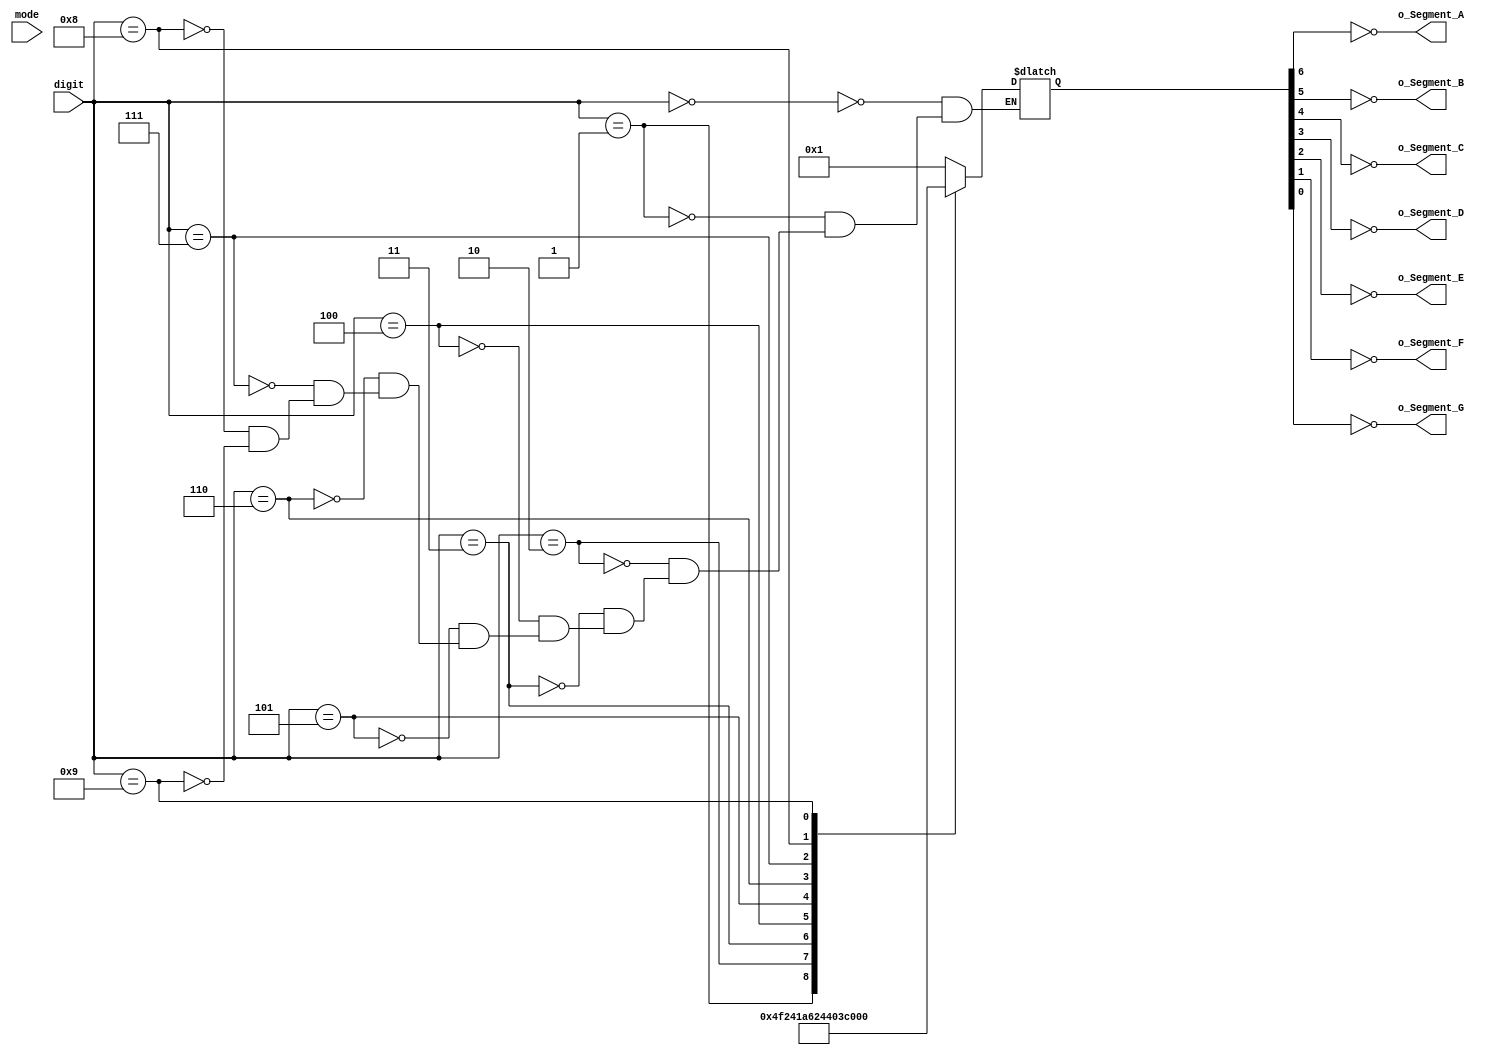
`timescale 1ns / 1ps
//////////////////////////////////////////////////////////////////////////////////
// Company: 
// Engineer: 
// 
// Design Name: 
// Module Name: BCD_to_cathodes_dec
// Project Name: 
// Target Devices: 
// Tool Versions: 
// Description: 
// 
// Dependencies: 
// 
// Revision:
// Revision 0.01 - File Created
// Additional Comments:
// 
//////////////////////////////////////////////////////////////////////////////////


module BCD_to_cathodes_dec(
input mode,
input [3:0] digit,
output  o_Segment_A,
output  o_Segment_B,
output  o_Segment_C,
output  o_Segment_D,
output  o_Segment_E,
output  o_Segment_F,
output  o_Segment_G
    );

reg [6:0]    r_Dec_Encoding = 7'b0000000;

always@ (digit)
begin
    case(digit)
        4'b0000 : r_Dec_Encoding <= 7'b0000001;//0
        4'b0001 : r_Dec_Encoding <= 7'b1001111;//1
        4'b0010 : r_Dec_Encoding <= 7'b0010010;//2
        4'b0011 : r_Dec_Encoding <= 7'b0000110;//3
        4'b0100 : r_Dec_Encoding <= 7'b1001100;   //4       
        4'b0101 : r_Dec_Encoding <= 7'b0100100;//5
        4'b0110 : r_Dec_Encoding <= 7'b0100000;//6
        4'b0111 : r_Dec_Encoding <= 7'b0001111;//7
        4'b1000 : r_Dec_Encoding <= 7'b0000000;//8
        4'b1001 : r_Dec_Encoding <= 7'b0000100;//9
//        4'b1010 : r_Dec_Encoding <= 7'b;
//        4'b1011 : r_Dec_Encoding <= 7'b;
//        4'b1100 : r_Dec_Encoding <= 7'b;
//        4'b1101 : r_Dec_Encoding <= 7'b;
//        4'b1110 : r_Dec_Encoding <= 7'b;
//        4'b1111 : r_Dec_Encoding <= 7'b;
    endcase
end
  assign o_Segment_A = ~r_Dec_Encoding[6];
  assign o_Segment_B = ~r_Dec_Encoding[5];
  assign o_Segment_C = ~r_Dec_Encoding[4];
  assign o_Segment_D = ~r_Dec_Encoding[3];
  assign o_Segment_E = ~r_Dec_Encoding[2];
  assign o_Segment_F = ~r_Dec_Encoding[1];
  assign o_Segment_G = ~r_Dec_Encoding[0];
  
endmodule